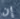
إن